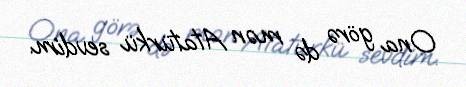
Ona görə də mən Atatürkü sevdim.